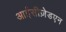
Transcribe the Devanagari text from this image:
आईसीज़ेडएन